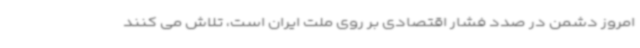
امروز دشمن در صدد فشار اقتصادی بر روی ملت ایران است، تلاش می کنند